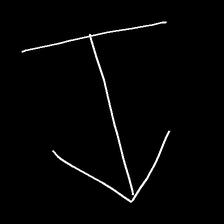
Glyph: levitation